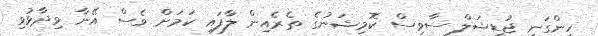
ހިންގަނީ ޖުޑީޝަލް ސާވިސް ކޮމިޝަނުގެ ތެރެއިން ލާފައި ކަމަށް ވެސް އޭނާ ވިދާޅުވި